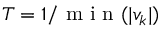
T = 1 / \mathrm { ~ m ~ i ~ n ~ } ( | v _ { k } | )